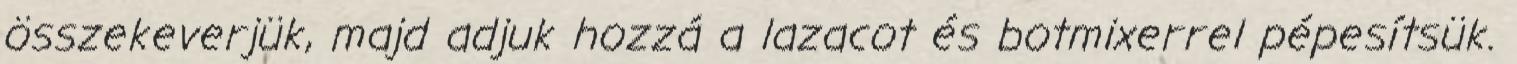
összekeverjük, majd adjuk hozzá a lazacot és botmixerrel pépesítsük.